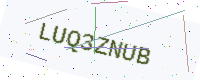
Text: LUQ3ZNUB